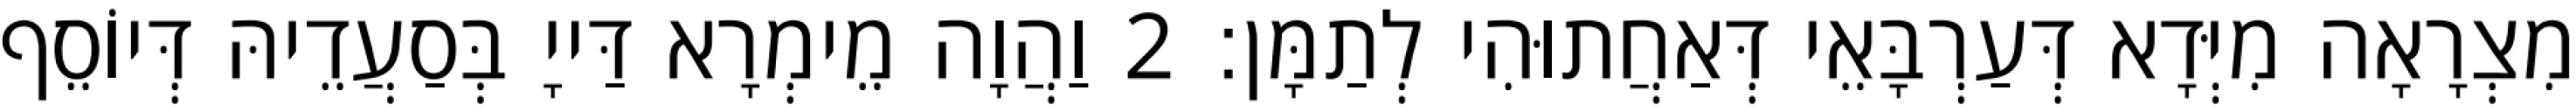
מִצְרָאָה מִיְּדָא דְּעַרְבָּאֵי דְּאַחֲתוּהִי לְתַמָּן׃ 2 וַהֲוָה מֵימְרָא דַּייָ בְּסַעֲדֵיהּ דְּיוֹסֵף